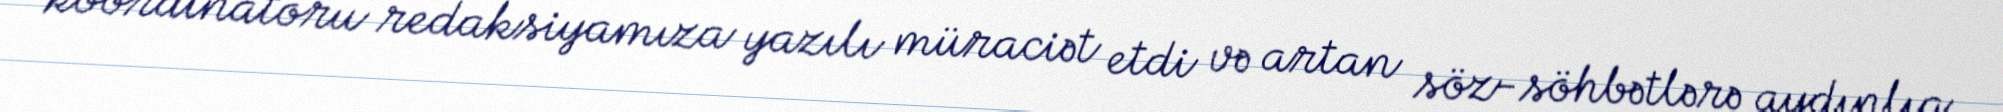
koordinatoru redaksiyamıza yazılı müraciət etdi və artan söz-söhbətlərə aydınlıq